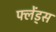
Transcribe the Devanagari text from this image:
फ्लेंड्स